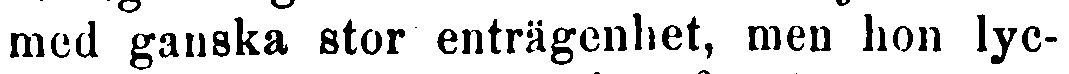
| med ganska stor enträgenhet, men hon lyc-